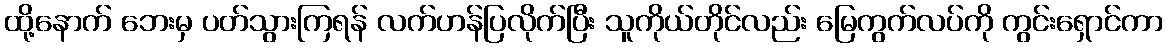
ထို့နောက် ဘေးမှ ပတ်သွားကြရန် လက်ဟန်ပြလိုက်ပြီး သူကိုယ်တိုင်လည်း မြေကွက်လပ်ကို ကွင်းရှောင်ကာ